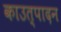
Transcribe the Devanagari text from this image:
काउत्पादन